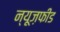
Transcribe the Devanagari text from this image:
न्यूज़फीड